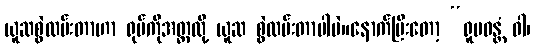
ယူဆစွဲလမ်းတာဟာ ရုပ်ကိုအတ္တလို့ ယူဆ စွဲလမ်းတာပါပဲ။နောက်ပြီးတော့ “ရူပဝန္တံ ဝါ၊